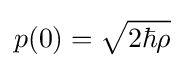
p(0)={\sqrt {2\hbar \rho }}\